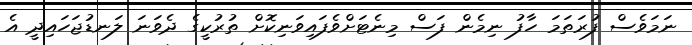
ނަމަވެސް ފުރަތަމަ ހާފު ނިމެން ފަސް މިނެޓަށްވެފައިވަނިކޮށް ތުރުކީގެ ދެވަނަ ލަނޑުޖަހައިދީ އެ